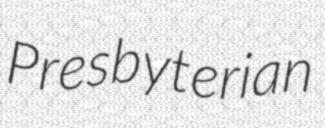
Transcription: Presbyterian